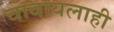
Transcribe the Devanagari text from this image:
चावायलाही